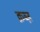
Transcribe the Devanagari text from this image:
क़ब्ज़